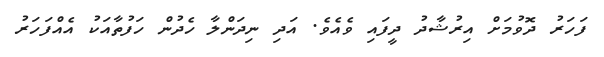
ފަހަރު ދޮވުމަށް އިރުޝާދު ދީފައި ވެއެވެ. އަދި ނިދަންލާ ހެދުން ހަފުތާއަކު އެއްފަހަރު